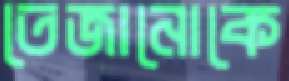
তেজানোকে